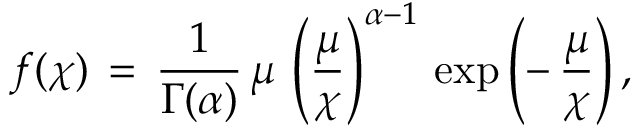
f ( \chi ) \, = \, \frac { 1 } { \Gamma ( \alpha ) } \, \mu \, \left( \frac { \mu } { \chi } \right) ^ { \alpha - 1 } \, \exp \left( - \, \frac { \mu } { \chi } \right) ,